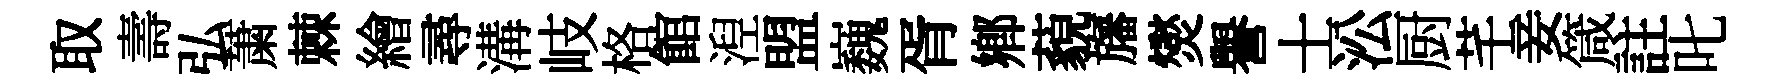
取壽弘䔥棘繪尋溝岐格館湼盟巍胥鄕藐旛爕譽士㳂厨芊妾箴註叱